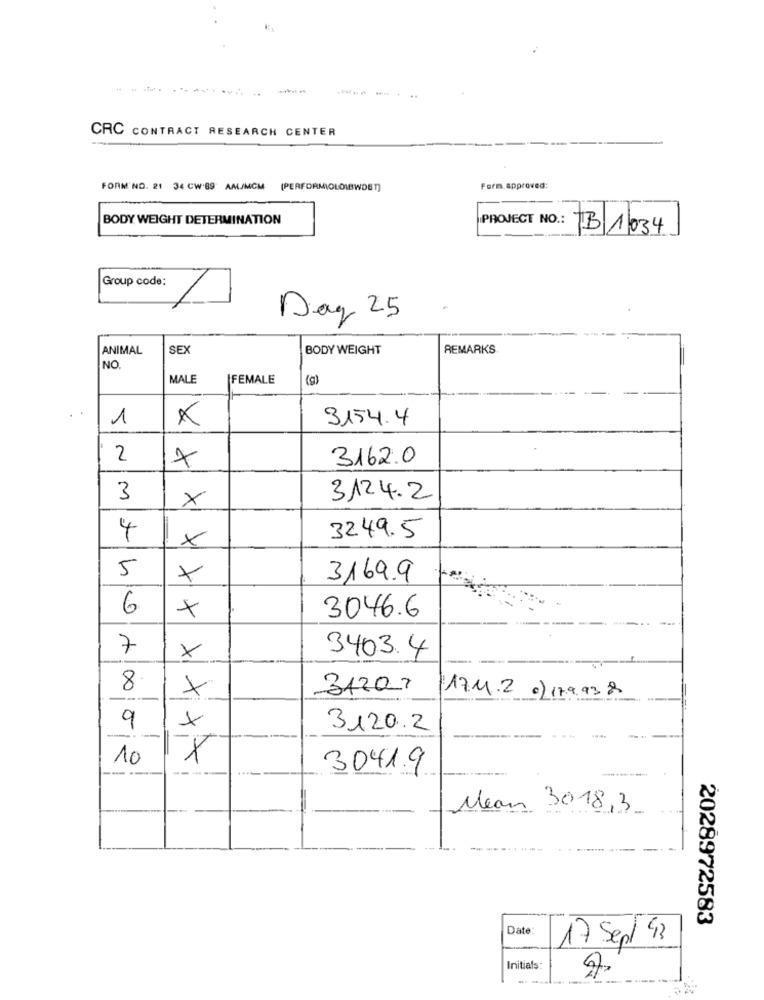
CRC CONTRACT RESEARCH CENTER
FORM NO. 21 34 CW'89 AMJMCM (PERFORMIOLO1BWDET]
Form.approved:
BODY WEIGHT DETERMINATION
TB 1034
Group code:
Day 25
ANIMAL
SEX
BODY WEIGHT
REMARKS
NO.
MALE
FEMALE
(9)
1
x
3154.4
2
3162.0
3
3124.2
×
4
x
3249.5
5
X
3169.9
6
3046.6
7
x
3403.4
8
31207
17.11.2 0) 17.9.938
9
X
3120.2
-
10
-- -
--
3041.9
Mean 3018,3
2028972583
Date:
17 Sept 43
Initials: